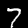
Digit: 7